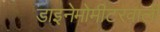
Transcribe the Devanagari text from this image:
डाइनेमोमीटरवाली